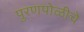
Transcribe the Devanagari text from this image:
पुरणपोळीचे